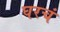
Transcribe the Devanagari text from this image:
घरचं